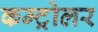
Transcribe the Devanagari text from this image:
कम्ट्रोलर